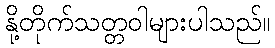
နို့တိုက်သတ္တဝါများပါသည်။